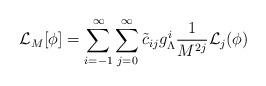
LaTeX: \begin{align*}{\cal L}_M[\phi]=\sum_{i=-1}^\infty\sum_{j=0}^\infty\tilde c_{ij} g_\Lambda^i \frac {1}{M^{2j}}{\cal L}_j(\phi)\end{align*}